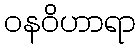
ဝနဝိဟာရာ